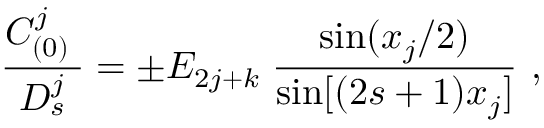
{ \frac { C _ { ( 0 ) } ^ { j } \; } { D _ { s } ^ { j } } } = \pm E _ { 2 j + k } \; { \frac { \mathrm { s i n } { ( x _ { j } / 2 ) } } { \mathrm { s i n } { [ ( 2 s + 1 ) x _ { j } } ] } } \ ,